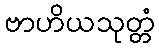
ဗာဟိယသုတ္တံ